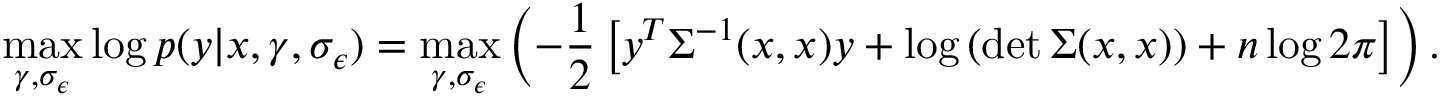
\operatorname* { m a x } _ { \gamma , \sigma _ { \epsilon } } \log p ( \boldsymbol { y } | \boldsymbol { x } , \gamma , \sigma _ { \epsilon } ) = \operatorname* { m a x } _ { \gamma , \sigma _ { \epsilon } } \left( - \frac { 1 } { 2 } \left[ \boldsymbol { y } ^ { T } \Sigma ^ { - 1 } ( \boldsymbol { x } , \boldsymbol { x } ) \boldsymbol { y } + \log \left( \operatorname* { d e t } \Sigma ( \boldsymbol { x } , \boldsymbol { x } ) \right) + n \log 2 \pi \right] \right) .